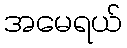
အမေရယ်